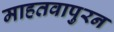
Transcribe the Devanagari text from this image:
माहतवापुरन